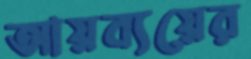
আয়ব্যয়ের